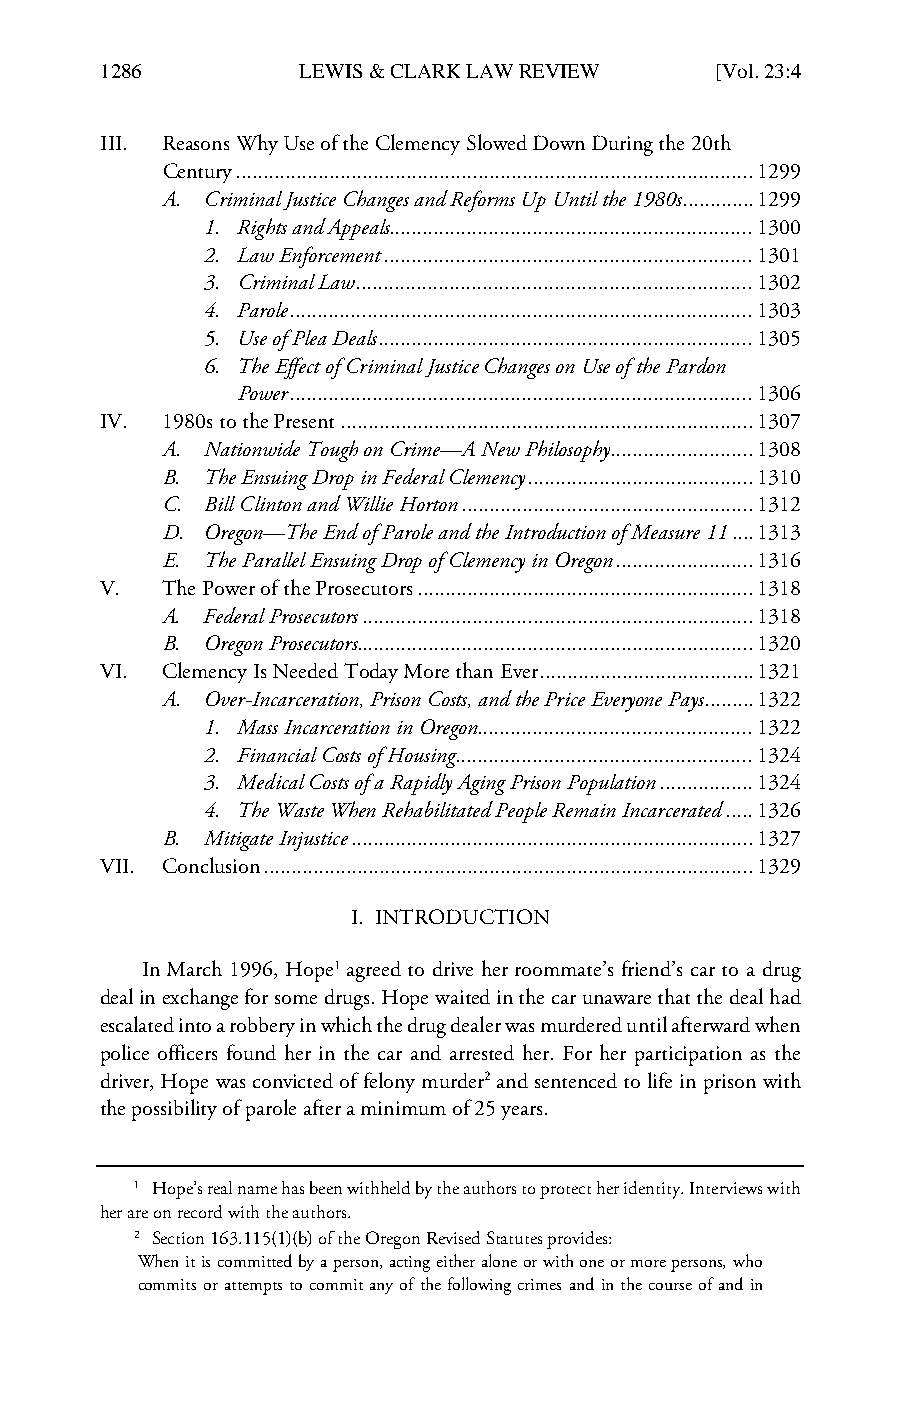
LCB_23_4_Art_4_Kaplan & Mayhew_Correction (Do Not Delete) 2/7/2020 2:20 PM
 1286         LEWIS & CLARK LAW REVIEW    [Vol. 23:4
 III. Reasons Why Use of the Clemency Slowed Down During the 20th
 Century .............................................................................................. 1299
 A. Criminal Justice Changes and Reforms Up Until the 1980s ............. 1299
 1. Rights and Appeals .................................................................. 1300
 2. Law Enforcement ................................................................... 1301
 3. Criminal Law ........................................................................ 1302
 4. Parole .................................................................................... 1303
 5. Use of Plea Deals .................................................................... 1305
 6. The Effect of Criminal Justice Changes on Use of the Pardon
 Power .................................................................................... 1306
 IV. 1980s to the Present ........................................................................... 1307
 A. Nationwide Tough on Crime—A New Philosophy .......................... 1308
 B. The Ensuing Drop in Federal Clemency ......................................... 1310
 C. Bill Clinton and Willie Horton ..................................................... 1312
 D. Oregon—The End of Parole and the Introduction of Measure 11 .... 1313
 E. The Parallel Ensuing Drop of Clemency in Oregon ......................... 1316
 V.  The Power of the Prosecutors ............................................................. 1318
 A. Federal Prosecutors ....................................................................... 1318
 B. Oregon Prosecutors........................................................................ 1320
 VI. Clemency Is Needed Today More than Ever ....................................... 1321
 A. Over-Incarceration, Prison Costs, and the Price Everyone Pays ......... 1322
 1. Mass Incarceration in Oregon .................................................. 1322
 2. Financial Costs of Housing ...................................................... 1324
 3. Medical Costs of a Rapidly Aging Prison Population ................. 1324
 4. The Waste When Rehabilitated People Remain Incarcerated ..... 1326
 B. Mitigate Injustice ......................................................................... 1327
 VII. Conclusion ......................................................................................... 1329
 I. INTRODUCTION
 In March 1996, Hope1 agreed to drive her roommate’s friend’s car to a drug
 deal in exchange for some drugs. Hope waited in the car unaware that the deal had
 escalated into a robbery in which the drug dealer was murdered until afterward when
 police officers found her in the car and arrested her. For her participation as the
 driver, Hope was convicted of felony murder2 and sentenced to life in prison with
 the possibility of parole after a minimum of 25 years.
 1 Hope’s real name has been withheld by the authors to protect her identity. Interviews with
 her are on record with the authors.
 2 Section 163.115(1)(b) of the Oregon Revised Statutes provides:
 When it is committed by a person, acting either alone or with one or more persons, who
 commits or attempts to commit any of the following crimes and in the course of and in